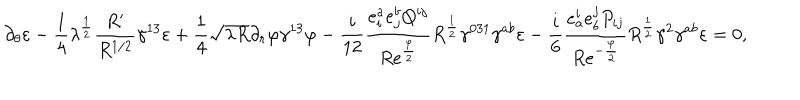
\partial _ { \theta } \varepsilon - { \frac { 1 } { 4 } } \lambda ^ { \frac { 1 } { 2 } } { \frac { R ^ { \prime } } { R ^ { 1 / 2 } } } \gamma ^ { 1 3 } \varepsilon + { \frac { 1 } { 4 } } \sqrt { \lambda R } \partial _ { r } \varphi \gamma ^ { 1 3 } \varphi - { \frac { i } { 1 2 } } { \frac { e _ { i } ^ { a } e _ { j } ^ { b } Q ^ { i j } } { R e ^ { \frac { \varphi } { 2 } } } } R ^ { \frac { 1 } { 2 } } \gamma ^ { 0 3 1 } \gamma ^ { a b } \varepsilon - { \frac { i } { 6 } } { \frac { e _ { a } ^ { i } e _ { b } ^ { j } P _ { i j } } { R e ^ { - { \frac { \varphi } { 2 } } } } } R ^ { \frac { 1 } { 2 } } \gamma ^ { 2 } \gamma ^ { a b } \varepsilon = 0 ,